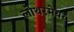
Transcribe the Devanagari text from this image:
लोथरमेयर